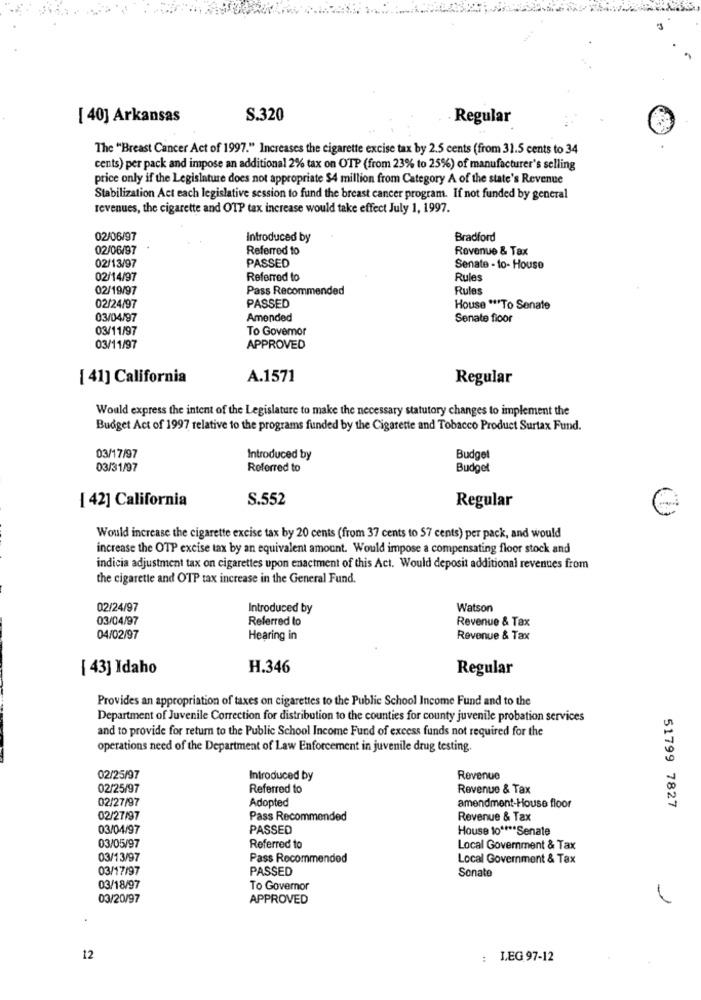
[ 40] Arkansas
S.320
Regular
The "Breast Cancer Act of 1997." Increases the cigarette excise tax by 2.5 cents (from 31.5 cents to 34
cents) per pack and impose an additional 2% tax on OTP (from 23% to 25%) of manufacturer's selling
price only if the Legislature does not appropriate $4 million from Category A of the state's Revenue
Stabilization Act each legislative session to fund the breast cancer program. If not funded by general
revenues, the cigarette and OTP tax increase would take effect July 1, 1997.
02/06/97
Introduced by
Bradford
02/06/97
Referred to
Revenue & Tax
02/13/97
PASSED
Senate - to- House
02/14/97
Referred to
Rules
02/19/97
Pass Recommended
Rules
02/24/97
PASSED
House *** To Senate
03/04/97
Amended
Senate fioor
03/11/97
To Govemor
03/11/97
APPROVED
[ 41] California
A.1571
Regular
Would express the intent of the Legislature to make the necessary statutory changes to implement the
Budget Act of 1997 relative to the programs funded by the Cigarette and Tobacco Product Surtax Fund.
03/17/97
Introduced by
Budget
03/31/97
Referred to
Budget
{ 42] California
S.552
Regular
Would increase the cigarette excise tax by 20 cents (from 37 cents to 57 cents) per pack, and would
increase the OTP excise tax by an equivalent amount. Would impose a compensating floor stock and
indicia adjustment tax on cigarettes upon enactment of this Act. Would deposit additional revenues from
the cigarette and OTP tax increase in the General Fund.
02/24/97
Introduced by
Watson
03/04/97
Referred to
Revenue & Tax
04/02/97
Hearing in
Revenue & Tax
{ 43] Idaho
H.346
Regular
Provides an appropriation of taxes on cigarettes to the Public School Income Fund and to the
Department of Juvenile Correction for distribution to the counties for county juvenile probation services
and to provide for return to the Public School Income Fund of excess funds not required for the
operations need of the Department of Law Enforcement in juvenile drug testing.
02/25/97
Introduced by
Revenue
02/25/97
Referred to
Revenue & Tax
02/27/97
Adopted
amendment-House floor
51799 7827
02/27/97
Pass Recommended
Revenue & Tax
03/04/97
PASSED
House to **** Senate
03/05/97
Referred to
Local Government & Tax
03/13/97
Pass Recommended
Local Government & Tax
03/17/97
PASSED
Sonate
03/18/97
To Governor
03/20/97
APPROVED
12
:
LEG 97-12